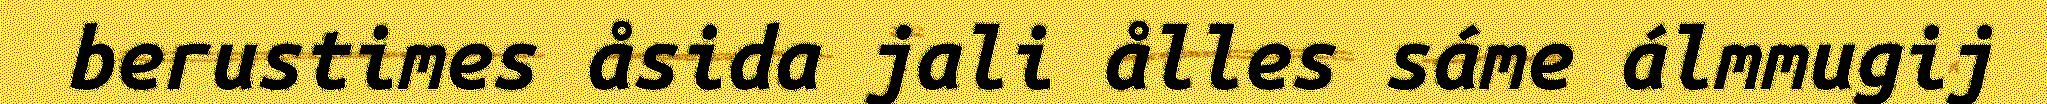
berustimes åsida jali ålles sáme álmmugij